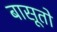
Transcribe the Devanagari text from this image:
बासूतो